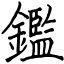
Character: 鑑